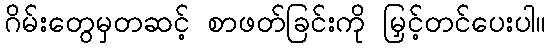
ဂိမ်းတွေမှတဆင့် စာဖတ်ခြင်းကို မြှင့်တင်ပေးပါ။